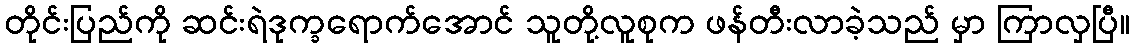
တိုင်းပြည်ကို ဆင်းရဲဒုက္ခရောက်အောင် သူတို့လူစုက ဖန်တီးလာခဲ့သည် မှာ ကြာလှပြီ။